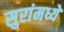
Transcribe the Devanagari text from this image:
सुरांमध्ये